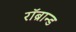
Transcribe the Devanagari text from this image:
रॉब्रान्ड